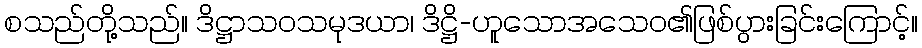
စသည်တို့သည်။ ဒိဋ္ဌာသဝသမုဒယာ၊ ဒိဋ္ဌိ-ဟူသောအသေဝ၏ဖြစ်ပွားခြင်းကြောင့်။